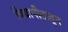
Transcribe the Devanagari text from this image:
विद्यापीठातुन